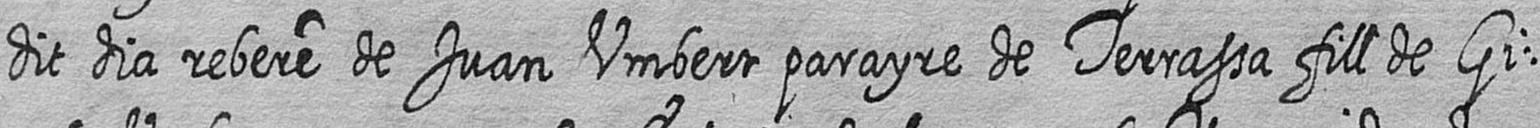
dit dia rebere de Juan Umbert parayre de Terrassa fill de Gi=